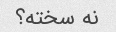
نه سخته؟